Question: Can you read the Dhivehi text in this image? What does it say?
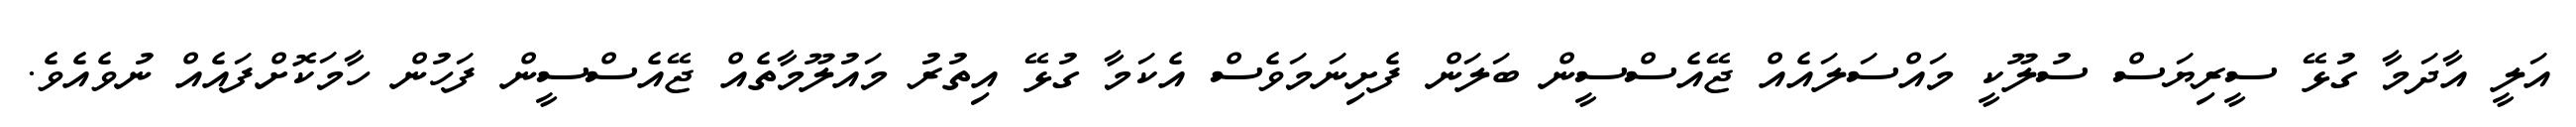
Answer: އަލީ އާދަމާ ގުޅޭ ސީރިޔަސް ސުލޫކީ މައްސަލައެއް ޖޭއެސްސީން ބަލަން ފެށިނަމަވެސް އެކަމާ ގުޅޭ އިތުރު މައުލޫމާތެއް ޖޭއެސްސީން ފަހުން ހާމަކޮށްފައެއް ނުވެއެވެ.